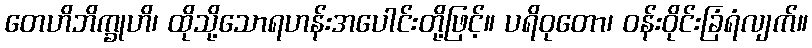
တေဟိဘိက္ခုဟိ၊ ထိုသို့သောရဟန်းအပေါင်းတို့ဖြင့်။ ပရိဝုတော၊ ဝန်းဝိုင်းခြံရံလျက်။